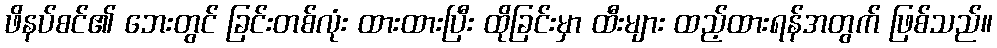
ဖိနပ်စင်၏ ဘေးတွင် ခြင်းတစ်လုံး ထားထားပြီး ထိုခြင်းမှာ ထီးများ ထည့်ထားရန်အတွက် ဖြစ်သည်။